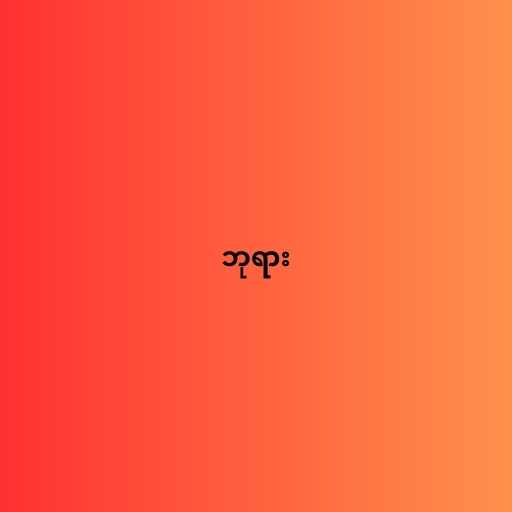
ဘုရား